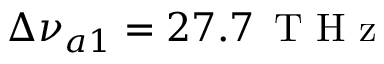
\Delta \nu _ { a 1 } = 2 7 . 7 \, \mathrm { ~ T ~ H ~ z ~ }